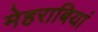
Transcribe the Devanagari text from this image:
मेहराबियां